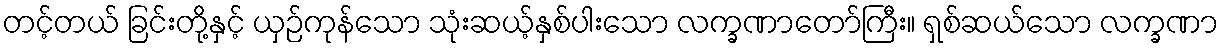
တင့်တယ် ခြင်းတို့နှင့် ယှဉ်ကုန်သော သုံးဆယ့်နှစ်ပါးသော လက္ခဏာတော်ကြီး။ ရှစ်ဆယ်သော လက္ခဏာ